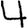
Digit: 4